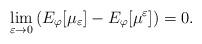
LaTeX: \begin{align*} \lim_{\varepsilon \to 0} \left( E_{\varphi}[\mu_{\varepsilon}]- E_{\varphi}[\mu^{\varepsilon}]\right) = 0. \end{align*}